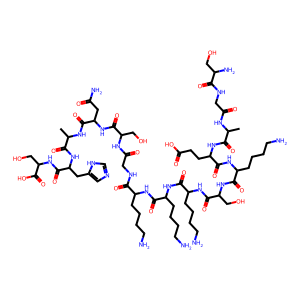
SMILES: CC(NC(=O)CNC(=O)C(N)CO)C(=O)NC(CCC(=O)O)C(=O)NC(CCCCN)C(=O)NC(CO)C(=O)NC(CCCCN)C(=O)NC(CCCCN)C(=O)NC(CCCCN)C(=O)NCC(=O)NC(CO)C(=O)NC(CC(N)=O)C(=O)NC(C)C(=O)NC(Cc1cnc[nH]1)C(=O)NC(CO)C(=O)O
Inhibits HIV replication: No